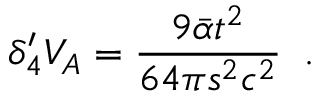
\delta _ { 4 } ^ { \prime } V _ { A } = \frac { 9 \bar { \alpha } t ^ { 2 } } { 6 4 \pi s ^ { 2 } c ^ { 2 } } \; \; .